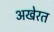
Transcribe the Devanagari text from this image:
अखेरत